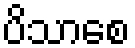
ပိသာစေ